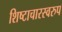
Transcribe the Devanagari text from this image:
शिष्टाचारस्वरुप